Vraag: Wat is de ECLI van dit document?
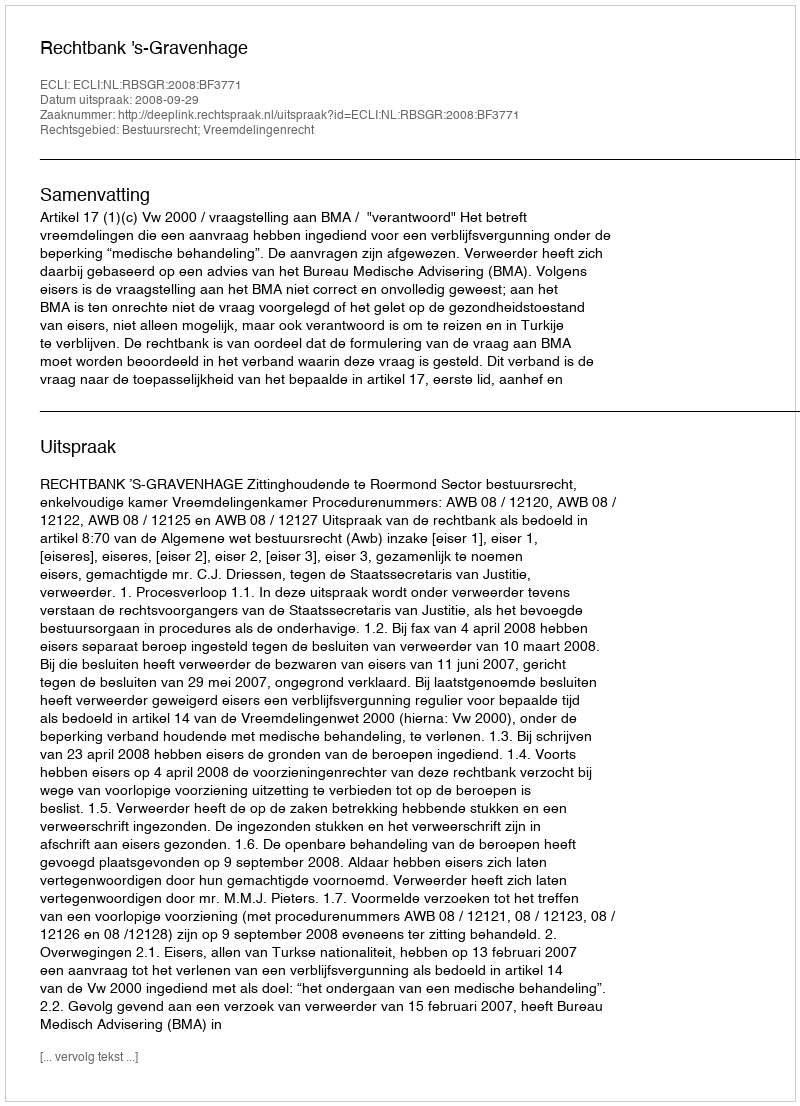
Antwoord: ECLI:NL:RBSGR:2008:BF3771